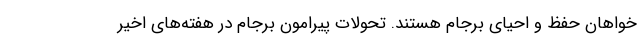
خواهان حفظ و احیای برجام هستند. تحولات پیرامون برجام در هفته‌های اخیر